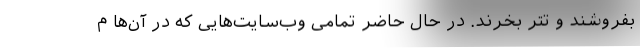
بفروشند و تتر بخرند. در حال حاضر تمامی وب‌سایت‌هایی که در آن‌ها م